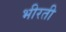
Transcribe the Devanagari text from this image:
भीरती